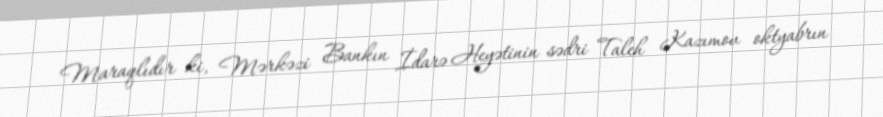
Maraqlıdır ki, Mərkəzi Bankın İdarə Heyətinin sədri Taleh Kazımov oktyabrın